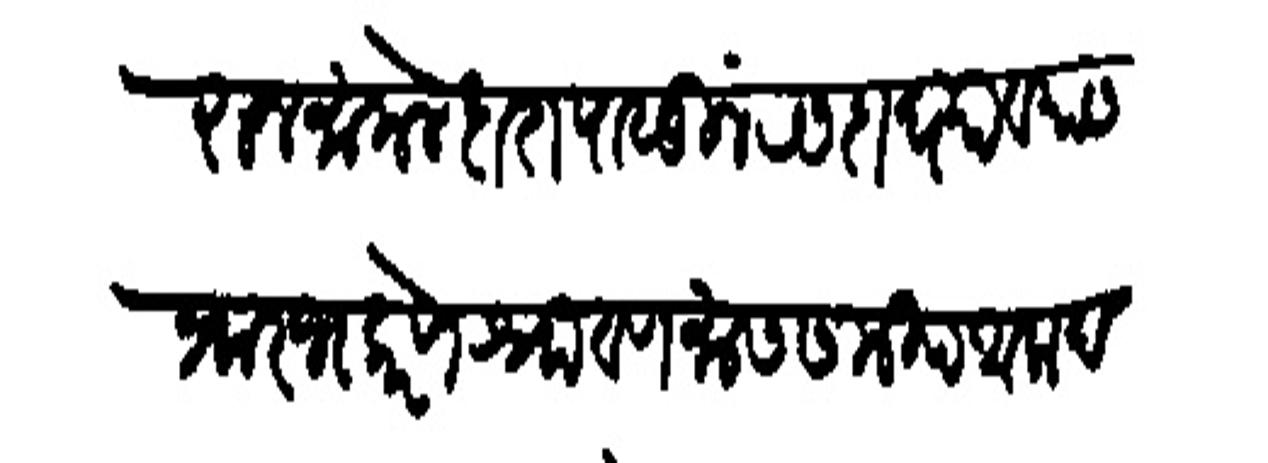
Transliteration (Devanagari): आकारुन मामलेदारापासून रसदा व्यावसायास प्रारंभ करणे श्रावणमास समीप आला दक्षणेस